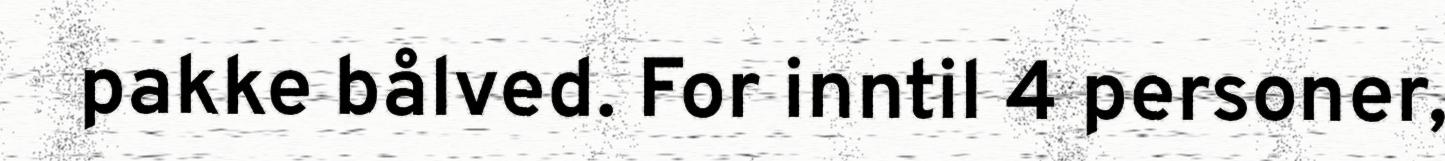
pakke bålved. For inntil 4 personer,